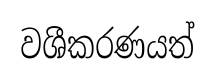
වශීකරණයත්